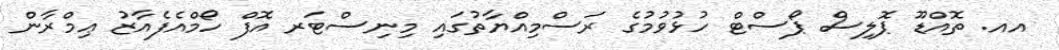
އއ. ތޮއްޑޫ ޕޮލިސް ޕޯސްޓް ހުޅުވުމުގެ ރަސްމިއްޔާތުގައި މިނިސްޓަރ އޮފް ހޯމްއެފެއާޒު ޢިމްރާން